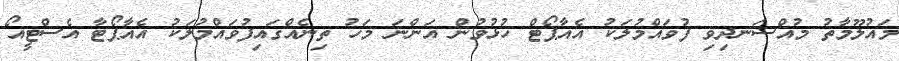
މައުލޫމާތު މުއްސަނދިވި ފުވައްމުލަކު އެއާޕޯޓް ހުޅުވުން އަންނަ މަހު ތިނެއްގައިފުވައްމުލަކު އެއާޕޯޓާ އެސްޓީއޯ